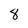
Character: 8